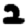
Digit: 2